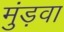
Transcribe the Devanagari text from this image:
मुंड़वा